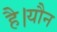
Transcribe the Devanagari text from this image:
है।यौन